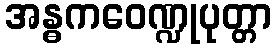
အန္ဓကဝေဏ္ဍုပုတ္တာ